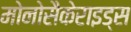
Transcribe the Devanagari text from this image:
मोनोसैकेराइड्स